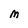
Character: M